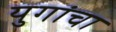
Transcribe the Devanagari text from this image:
युगांचा